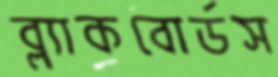
ব্ল্যাকবোর্ডস